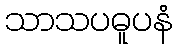
သာသပဓူပနံ